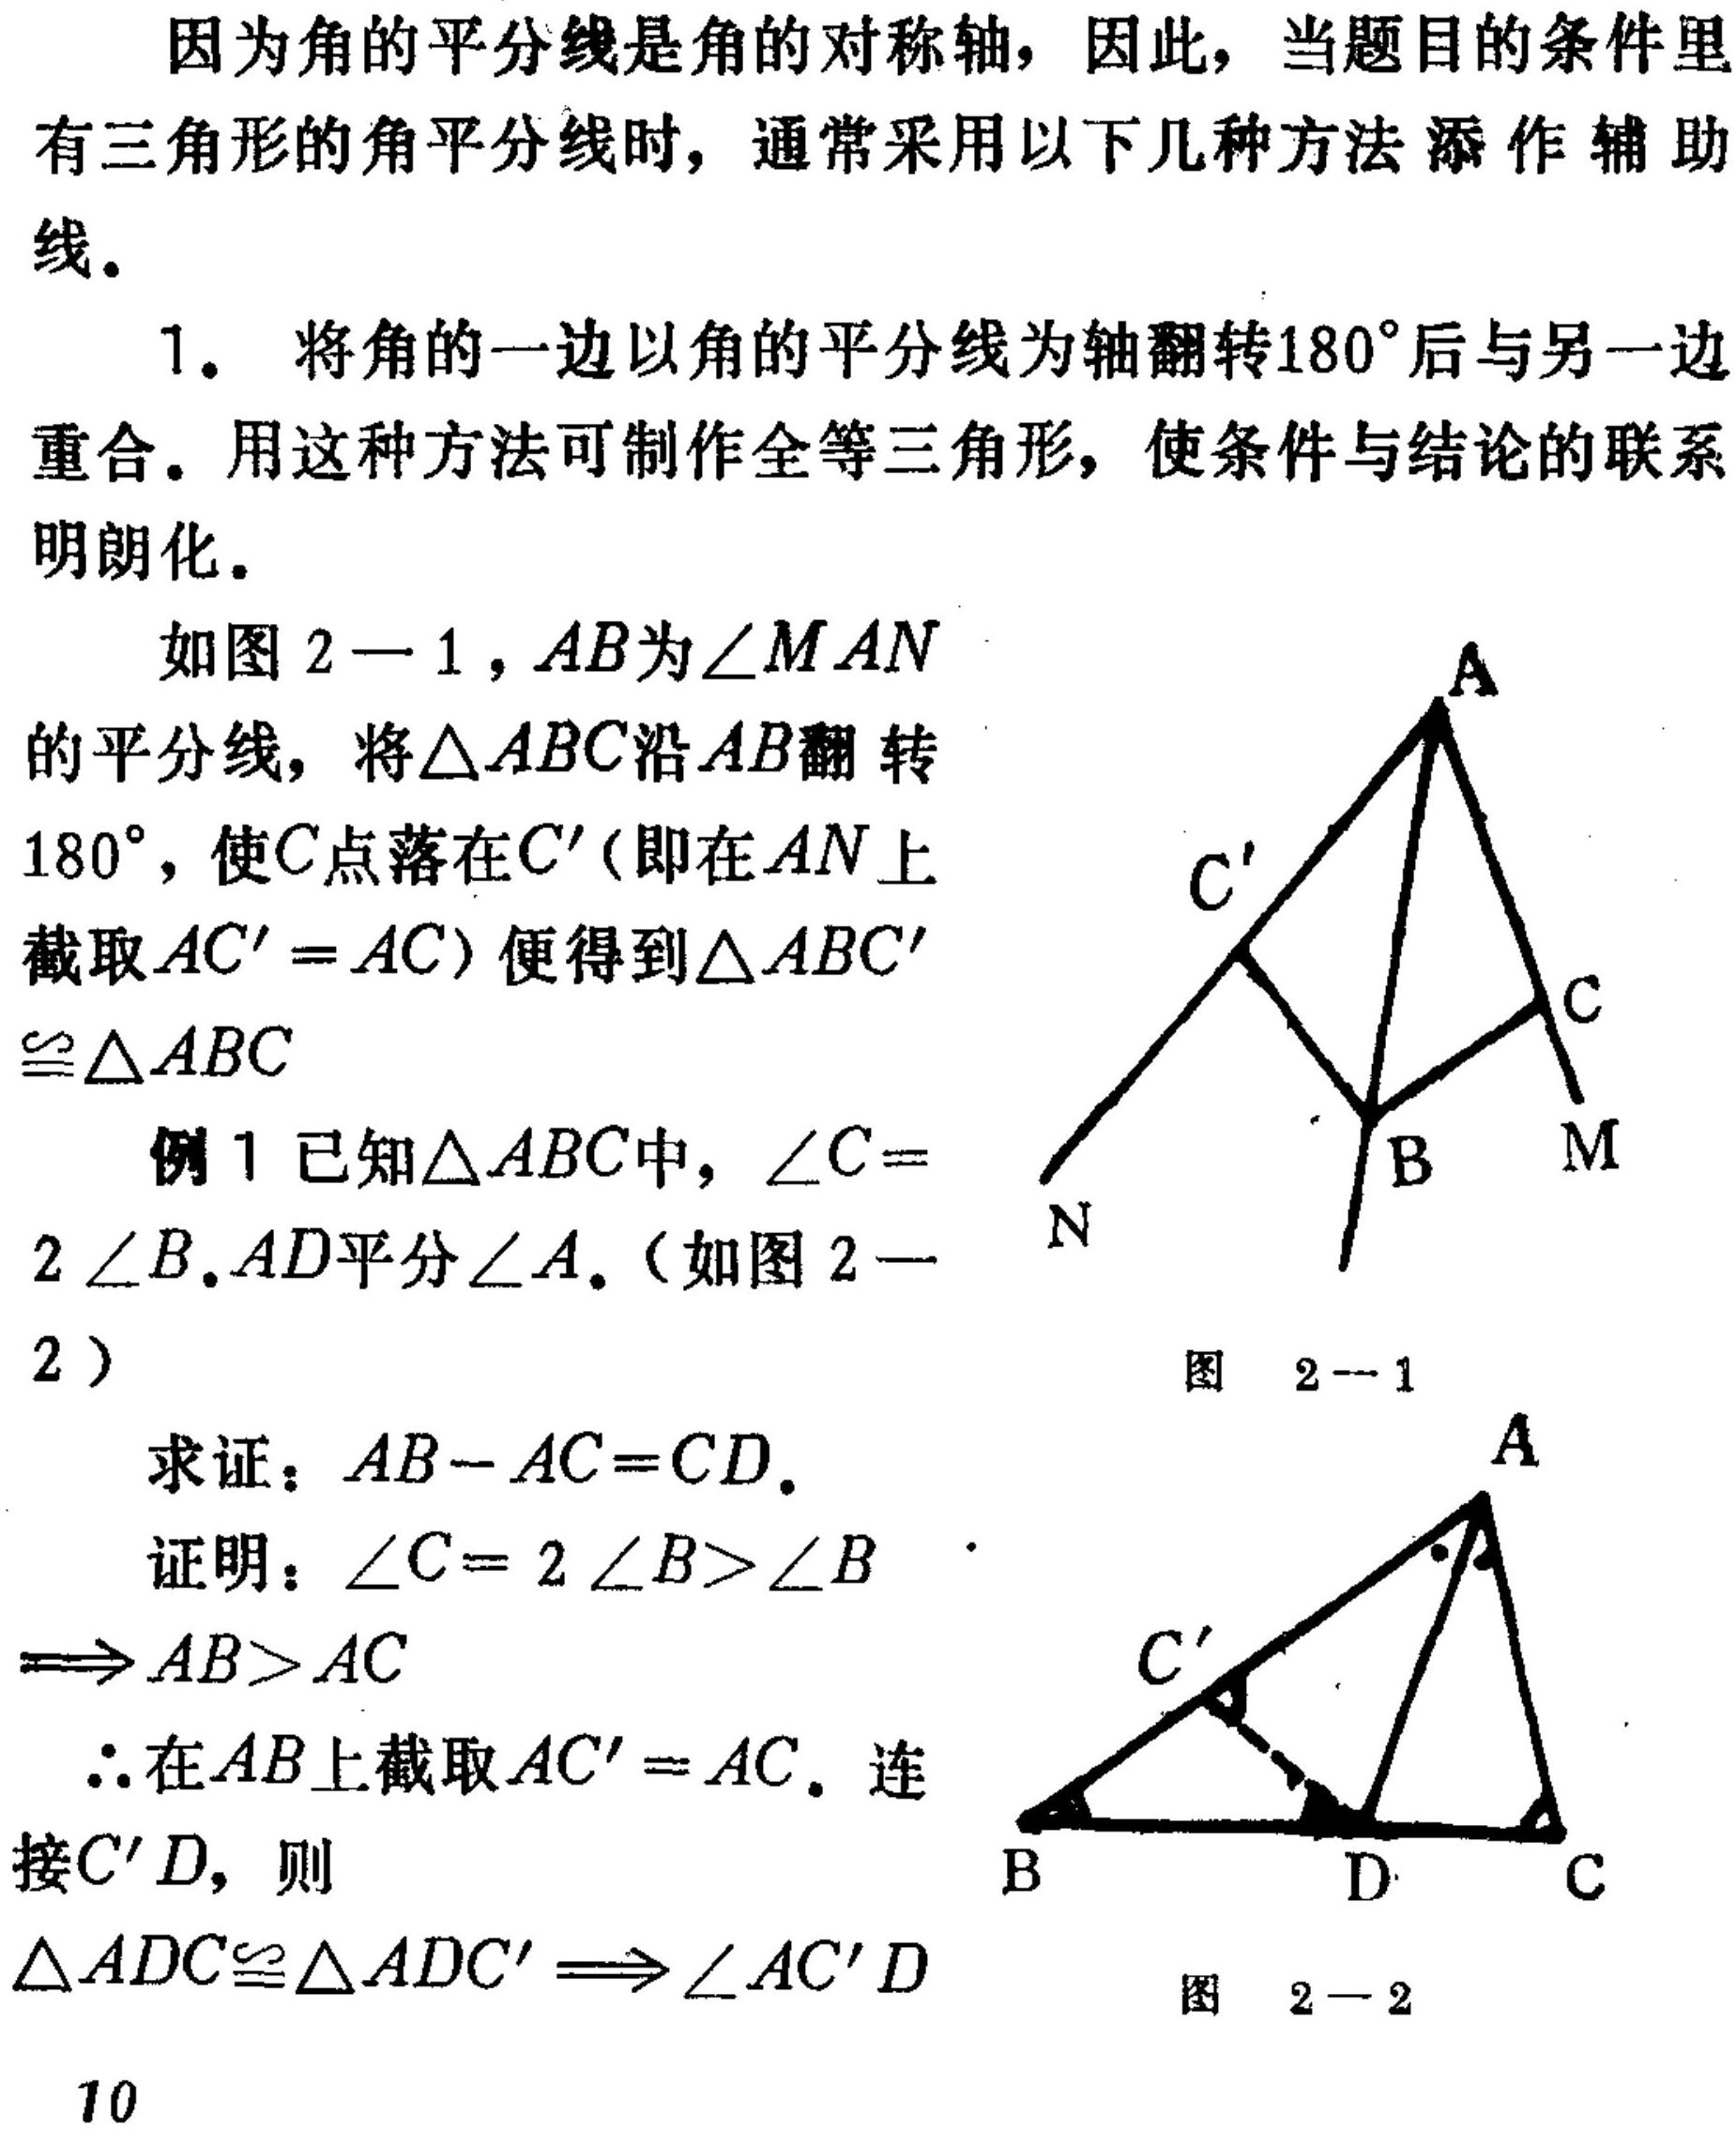
因为角的平分线是角的对称轴，因此，当题目的条件里有三角形的角平分线时，通常采用以下几种方法添作辅助线。
1. 将角的一边以角的平分线为轴翻转\(180^{\circ}\)后与另一边重合。用这种方法可制作全等三角形，使条件与结论的联系明朗化。
如图\(2 - 1\)，\(AB\)为\(\angle MAN\)的平分线，将\(\triangle ABC\)沿\(AB\)翻转\(180^{\circ}\)，使\(C\)点落在\(C'\)（即在\(AN\)上截取\(AC' = AC\)）便得到\(\triangle ABC'\cong\triangle ABC\)
例1 已知\(\triangle ABC\)中，\(\angle C = 2\angle B\)，\(AD\)平分\(\angle A\)。（如图\(2 - 2\)）
求证：\(AB - AC = CD\)。
证明：\(\angle C = 2\angle B>\angle B\Rightarrow AB>AC\)
\(\therefore\)在\(AB\)上截取\(AC' = AC\)。连接\(C'D\)，则\(\triangle ADC\cong\triangle ADC'\Rightarrow\angle AC'D\)
图 \(2 - 1\)
![图2 - 1](此处因无法获取实际图片，用文字示意，实际应插入对应图形)
图 \(2 - 2\)
![图2 - 2](此处因无法获取实际图片，用文字示意，实际应插入对应图形)
10